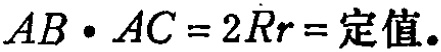
$AB\cdot AC = 2Rr=\text{定值}.$